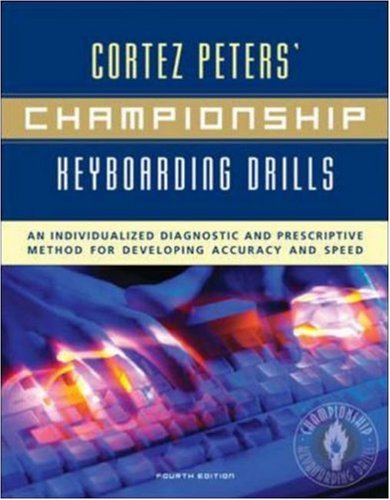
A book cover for Cortez Peters' Championship Keyboarding Drills: An Individualized Diagnostic and Prescriptive Method for Developing Accuracy and Speed; Cortez Peters; Business & Money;